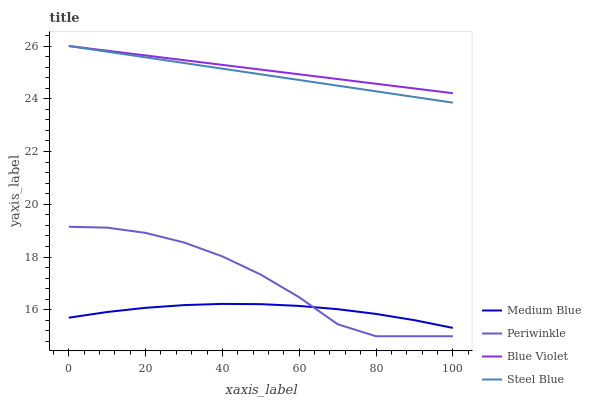
| xaxis_label | Medium Blue | Periwinkle | Blue Violet | Steel Blue |
 | --- | --- | --- | --- | --- |
 | 0 | 15.7 | 19.1 | 26 | 26 |
 | 10 | 15.9 | 19.1 | 25.8 | 25.8 |
 | 20 | 16.1 | 18.9 | 25.6 | 25.6 |
 | 30 | 16.2 | 18.6 | 25.5 | 25.4 |
 | 40 | 16.2 | 18 | 25.3 | 25.1 |
 | 50 | 16.2 | 17.3 | 25.1 | 24.9 |
 | 60 | 16.1 | 16.5 | 24.9 | 24.7 |
 | 70 | 16 | 15.5 | 24.7 | 24.5 |
 | 80 | 15.8 | 15 | 24.6 | 24.3 |
 | 90 | 15.6 | 15 | 24.4 | 24.1 |
 | 100 | 15.3 | 15 | 24.2 | 23.9 |